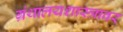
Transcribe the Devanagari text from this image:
ग्रंथालयशास्त्रावर